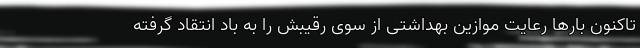
تاکنون بارها رعایت موازین بهداشتی از سوی رقیبش را به باد انتقاد گرفته